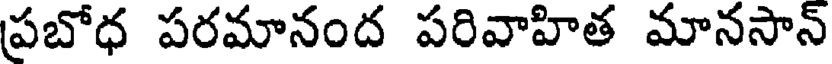
ప్రబోధ పరమానంద పరివాహిత మానసాన్